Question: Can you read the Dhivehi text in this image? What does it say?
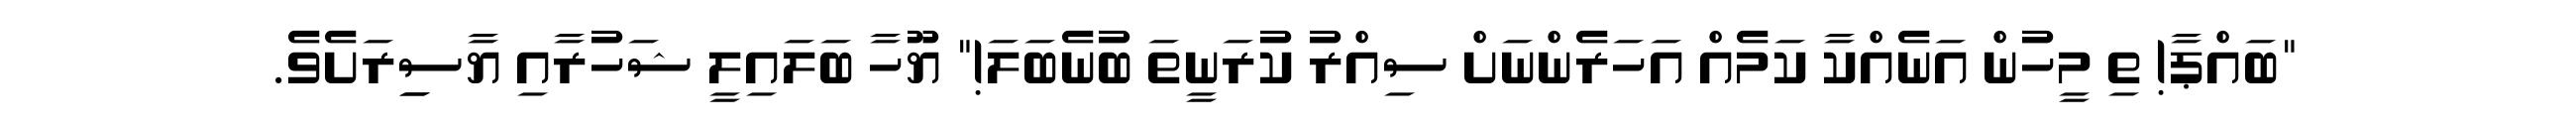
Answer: "ބައްޕާ! ތި މީހުން އަނެއްކާ ކަމެއް އަހަރެންނަށް ސިއްރު ކުރަނީތަ ބުނެބަލަ!" ޔޫހާ ބަލައިލީ ޝަހުރާއި ޔާސިިރަށެވެ.